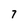
Character: 7